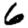
Digit: 6